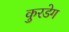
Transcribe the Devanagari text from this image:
कुरडेग